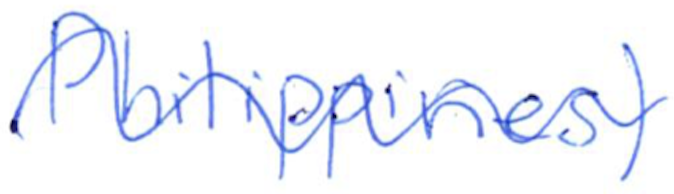
Text: Philippines)
Cross-out: wave
Writing tool: ballpoint